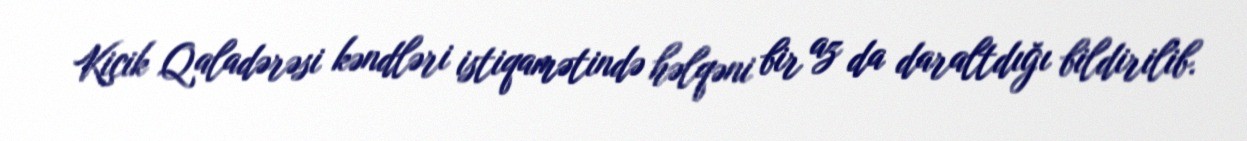
Kiçik Qaladərəsi kəndləri istiqamətində həlqəni bir az da daraltdığı bildirilib.